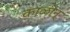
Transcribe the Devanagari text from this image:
काळीन्